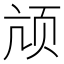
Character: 颃